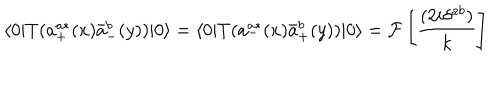
LaTeX: \langle 0 | T ( a _ { + } ^ { a * } ( x ) \bar { a } _ { - } ^ { b } ( y ) ) | 0 \rangle = \langle 0 | T ( a _ { - } ^ { a * } ( x ) \bar { a } _ { + } ^ { b } ( y ) ) | 0 \rangle = { \cal F } \left[ \frac { ( 2 i \delta ^ { a b } ) } { k } \right]